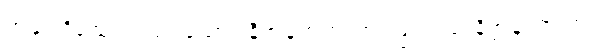
အနုပါဒိသေသာယ၊ သော။ နိဗ္ဗာနဓာတုယာ၊ ဖြင့်။ ယံ နိဗ္ဗာနံ၊ အကြင်